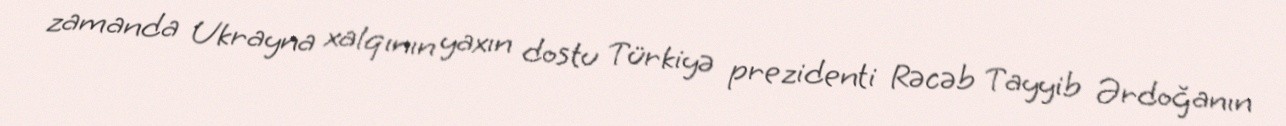
zamanda Ukrayna xalqının yaxın dostu Türkiyə prezidenti Rəcəb Tayyib Ərdoğanın